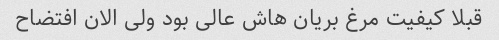
قبلا کیفیت مرغ بریان هاش عالی بود ولی الان افتضاح